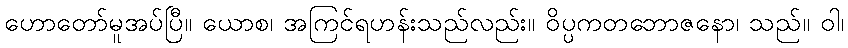
ဟောတော်မူအပ်ပြီ။ ယောစ၊ အကြင်ရဟန်းသည်လည်း။ ဝိပ္ပကတဘောဇနော၊ သည်။ ဝါ၊